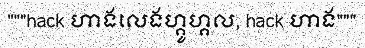
"""hack ហាងលេងហ្គូហ្គល, hack ហាង"""